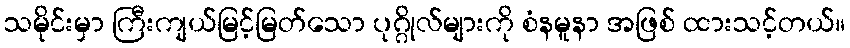
သမိုင်းမှာ ကြီးကျယ်မြင့်မြတ်သော ပုဂ္ဂိုလ်များကို စံနမူနာ အဖြစ် ထားသင့်တယ်။